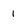
Character: 1